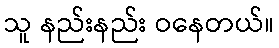
သူ နည်းနည်း ဝနေတယ်။